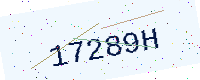
Text: 17289H